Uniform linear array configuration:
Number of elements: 16
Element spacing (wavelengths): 0.75
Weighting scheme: blackman
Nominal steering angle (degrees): -60
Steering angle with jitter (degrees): -58.083
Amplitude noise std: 0.05
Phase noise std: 0.05

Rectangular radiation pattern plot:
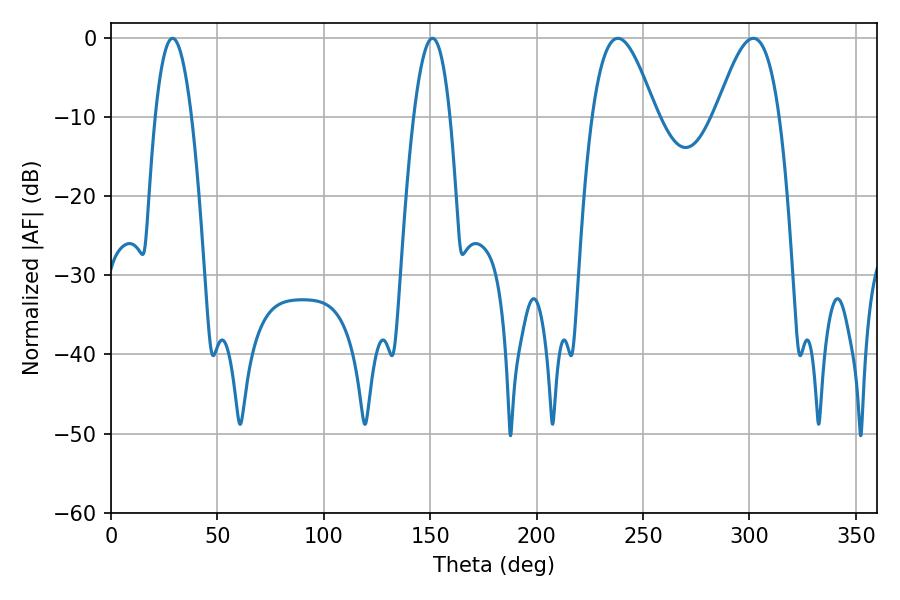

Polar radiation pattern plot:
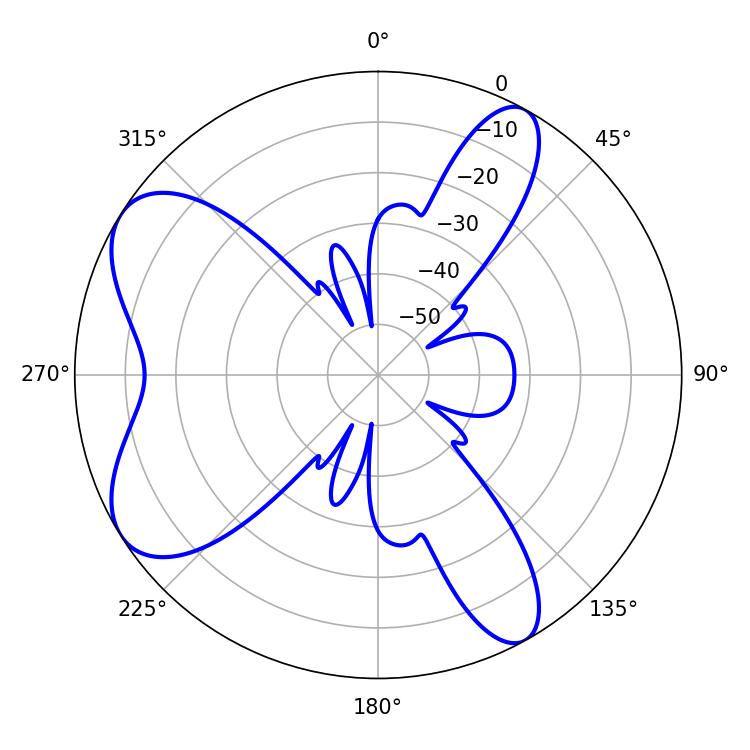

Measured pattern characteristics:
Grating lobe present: TRUE
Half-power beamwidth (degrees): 16.02
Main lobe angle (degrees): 238.14